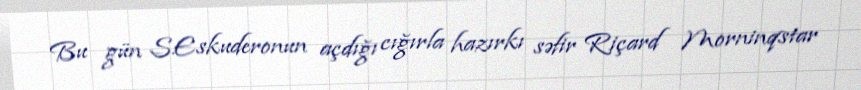
Bu gün S.Eskuderonun açdığı cığırla hazırkı səfir Riçard Morninqstar